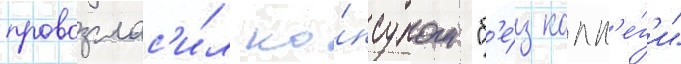
провозглас'и́л ко́нсулом "б'е́з колл'е́г'и"